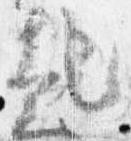
起